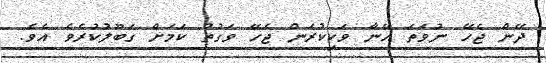
ދޭން ޖެހޭ ނުވަތަ އޭނާ ވަކިކުރަން ޖެހޭ ވަގުތު ކަމަށް ގަބޫލުކުރެވެ އެވެ.